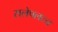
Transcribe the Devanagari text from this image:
सलेपलटन